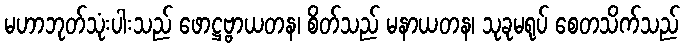
မဟာဘုတ်သုံးပါးသည် ဖောဋ္ဌဗ္ဗာယတန၊ စိတ်သည် မနာယတန၊ သုခုမရုပ် စေတသိက်သည်